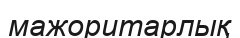
мажоритарлық